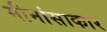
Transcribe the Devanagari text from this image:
मीमांसाकार